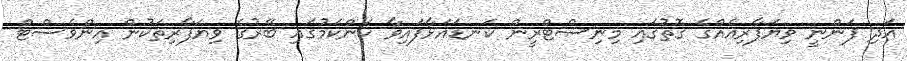
އަދި ފަންނީ ވިޔަފާރިއެއްގެ ގޮތުގައި މިނިސްޓްރީން ކަނޑައަޅާފައިވާ ކަންކަމުގައި ބޭރުގެ ވިޔަފާރިތަކުން އިންވެސްޓް